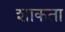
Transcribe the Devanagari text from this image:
शाकता